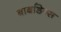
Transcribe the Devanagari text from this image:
बार्बाडेन्स